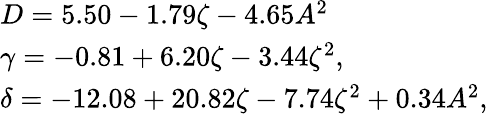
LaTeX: \begin{array}{l}{D=5.50-1.79\zeta-4.65A^{2}}\\ {\gamma=-0.81+6.20\zeta-3.44\zeta^{2},}\\ {\delta=-12.08+20.82\zeta-7.74\zeta^{2}+0.34A^{2},}\end{array}